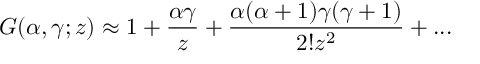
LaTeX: G ( { \alpha } , { \gamma } ; z ) \approx 1 + \frac { { \alpha } { \gamma } } { z } + \frac { { \alpha } ( { \alpha } + 1 ) { \gamma } ( { \gamma } + 1 ) } { 2 ! z ^ { 2 } } + . . .